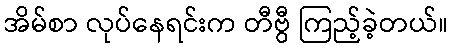
အိမ်စာ လုပ်နေရင်းက တီဗွီ ကြည့်ခဲ့တယ်။